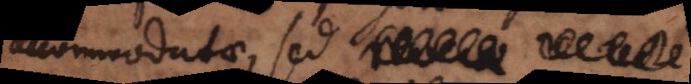
accommodatae, sed revera